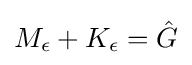
M_{\epsilon }+K_{\epsilon }={\hat {G}}